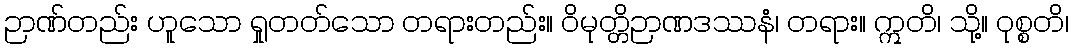
ဉာဏ်တည်း ဟူသော ရှုတတ်သော တရားတည်း။ ဝိမုတ္တိဉာဏဒဿနံ၊ တရား။ ဣတိ၊ သို့။ ဝုစ္စတိ၊